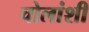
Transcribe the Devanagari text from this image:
चोलांशी